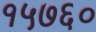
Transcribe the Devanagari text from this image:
१५७६०